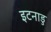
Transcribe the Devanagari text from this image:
इटनाडु